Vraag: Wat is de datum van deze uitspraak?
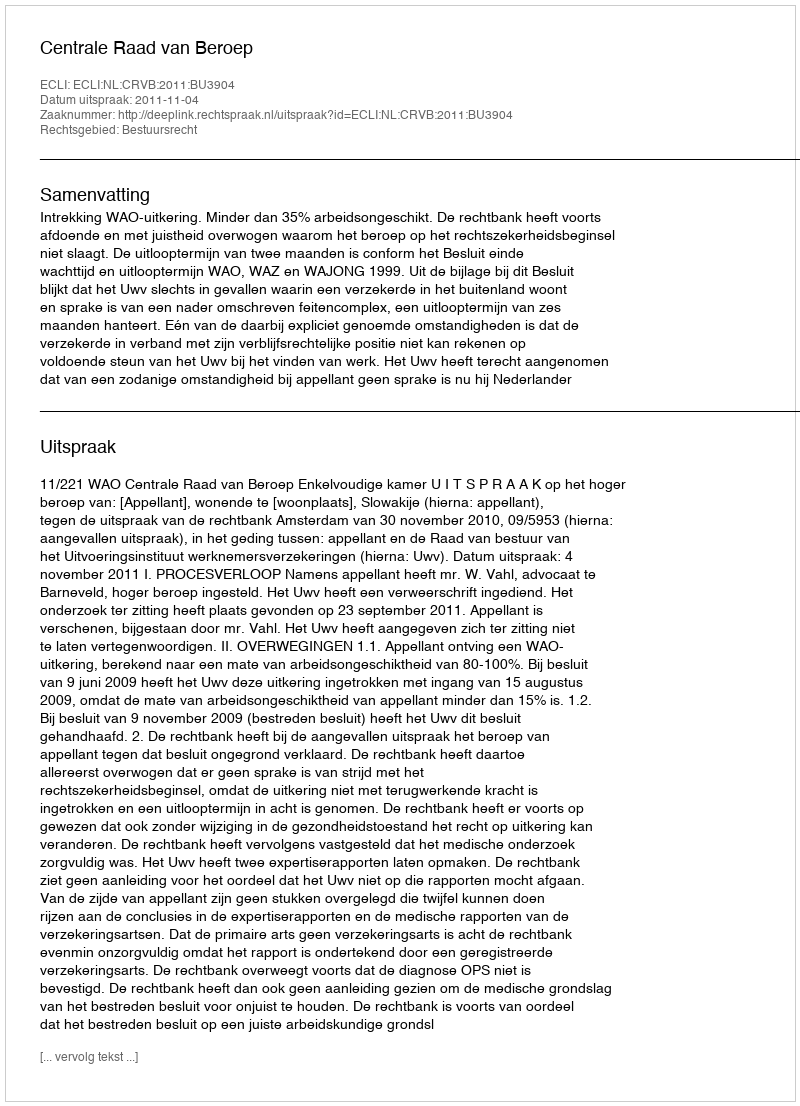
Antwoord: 2011-11-04